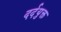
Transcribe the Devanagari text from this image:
दर्दयुक्त